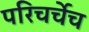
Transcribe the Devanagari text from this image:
परिचर्चेच